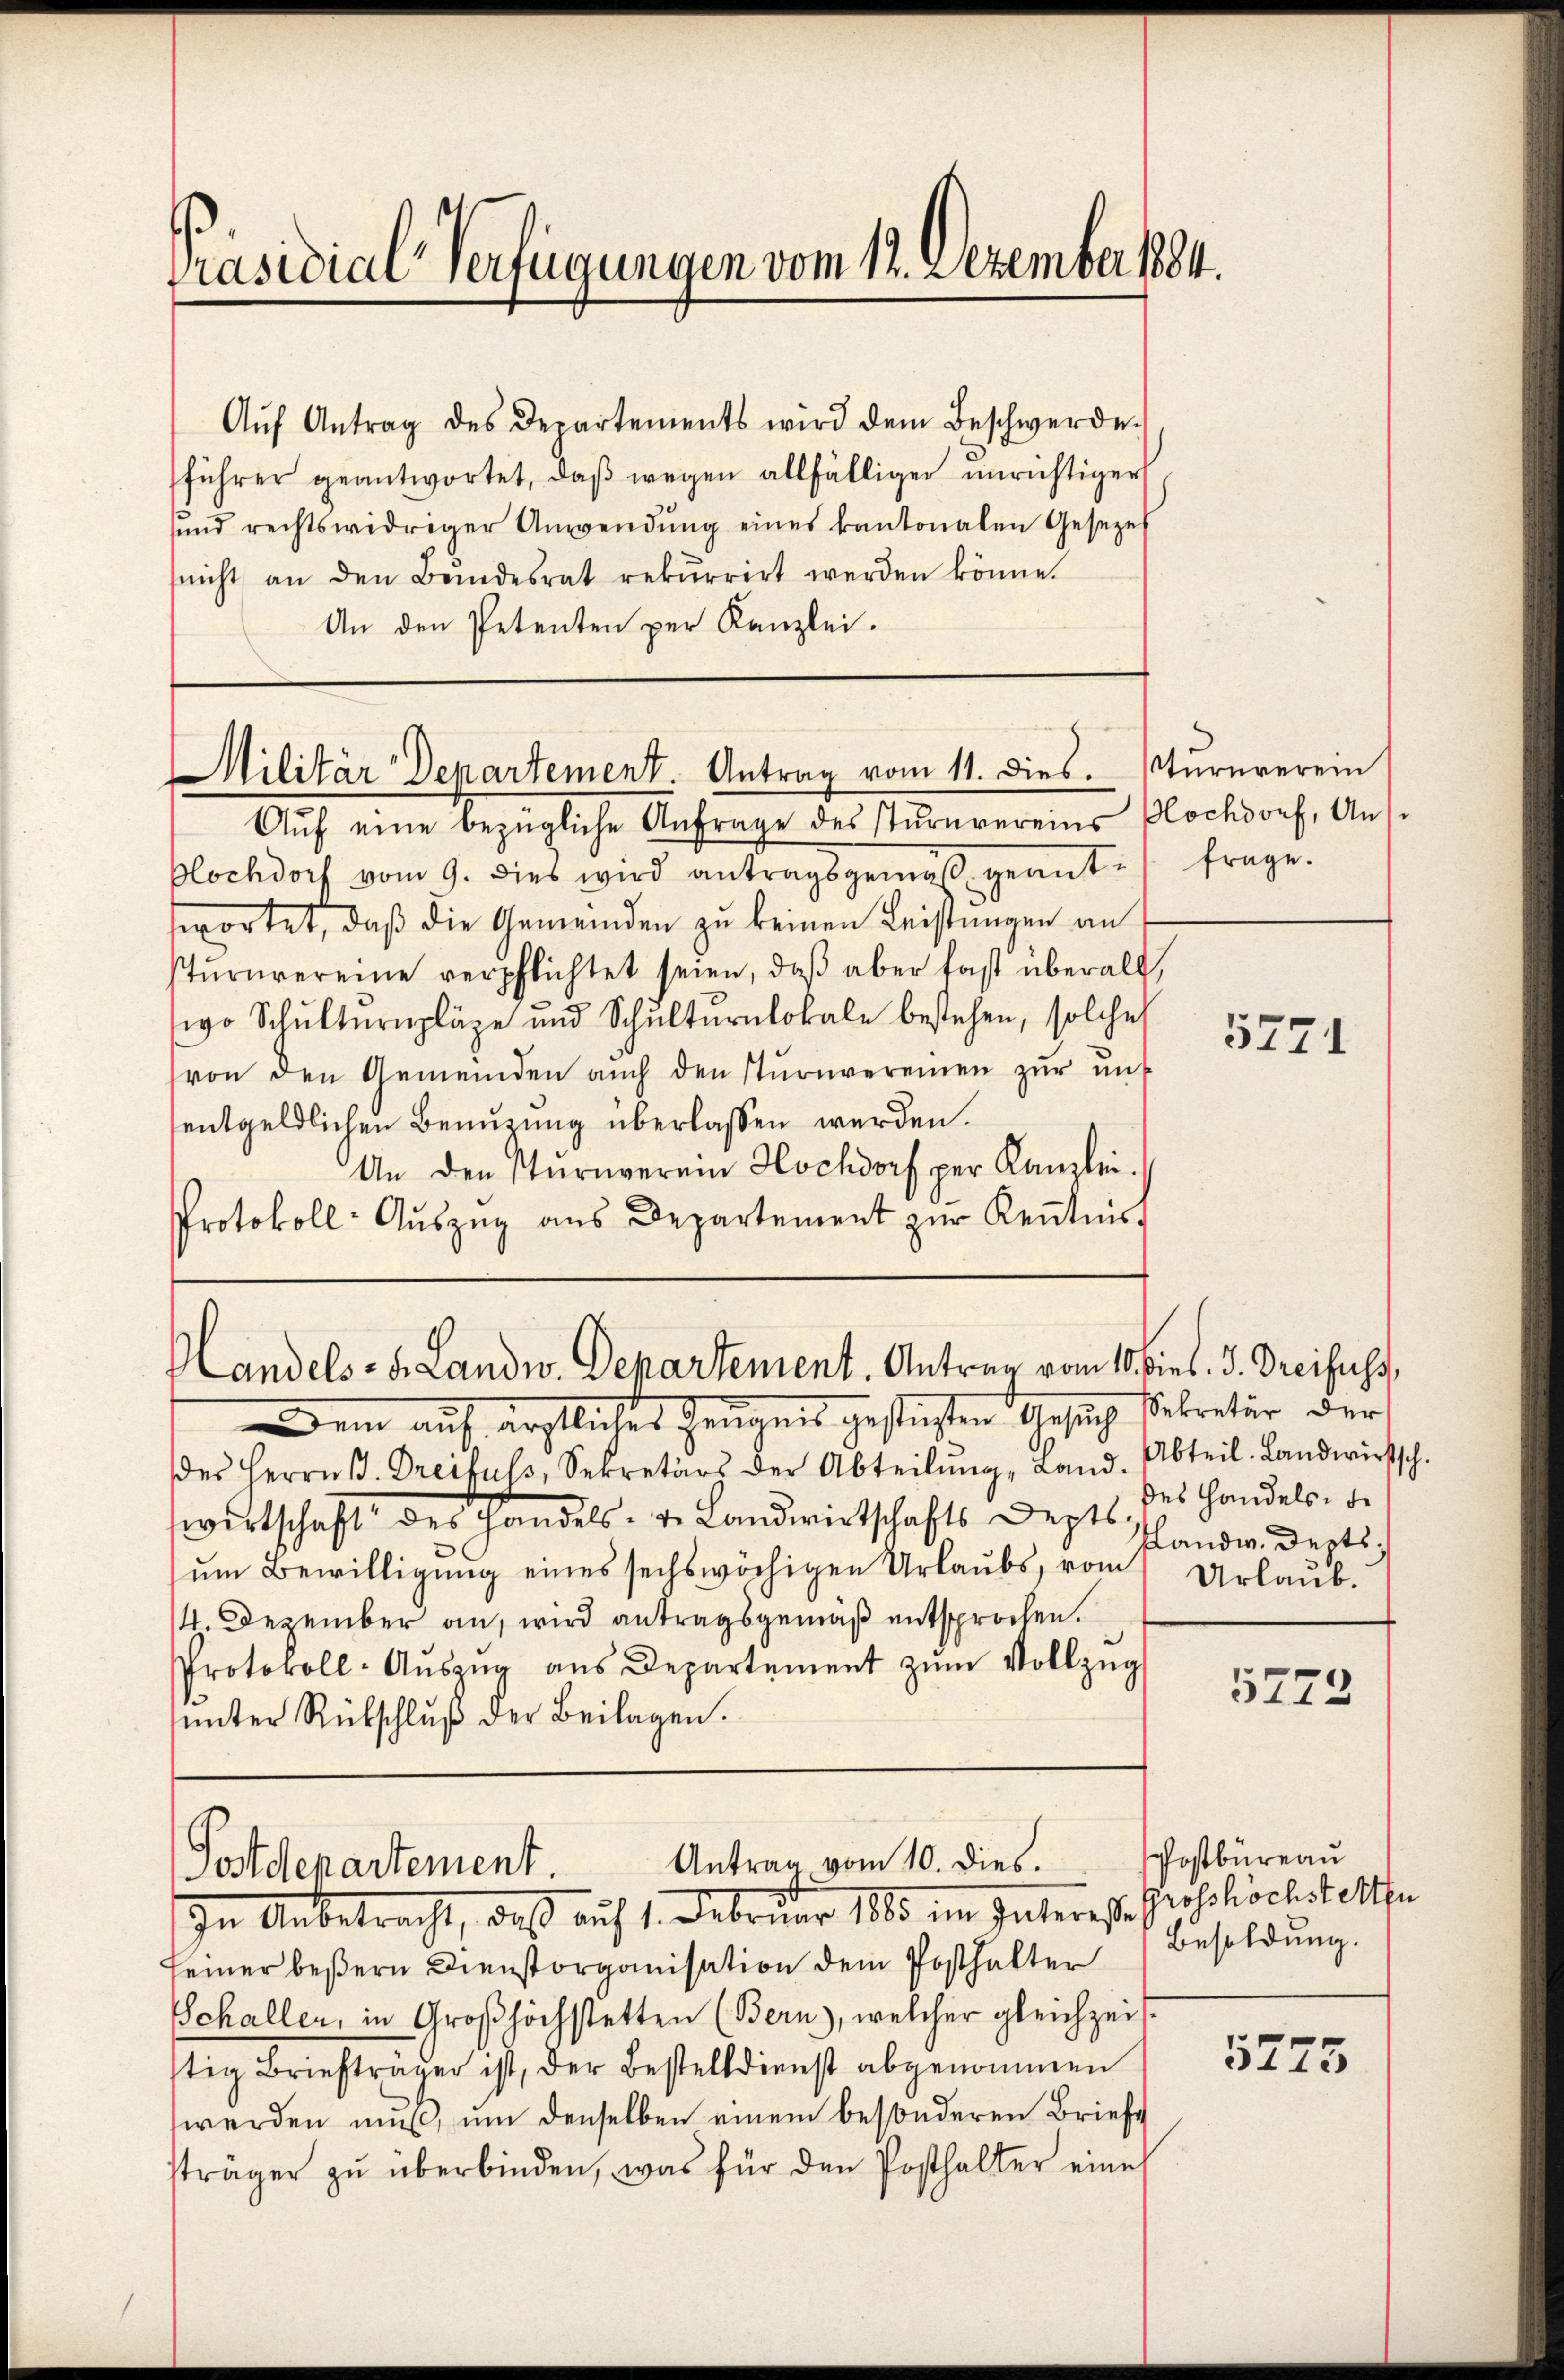
Präsidial-Verfügungen vom 12. Dezember 1884.

Aŭf Antrag des Departements wird dem Beschwerde.
führer geantwortet, daβ wegen allfälliger unrichtiger
sŭnd rechtswidriger Anwendŭng eines kantonalen Gesezes
(nicht an den Bŭndesrat rekurrirt werden könne.
An den Petenten per Kanzlei.

Militär Departement. Antrag vom 11. dies. Sturnverein

Aŭf eine bezügliche Anfrage des Tŭrnvereins Blochdorf, Ant-
Blochdorf vom 9. dies wird antragsgemes geants frage.
swortet, daß die Gemeinden zu keinen Leistungen an
stŭrnvereine verpflichtet seien, daβ aber fast überall,
wo Schulternpläge und Schulternlokale bestehen, solche
von den Gemeinden aŭch den sturnvereinen zŭr ŭnt
entgeldlichen Benuzung überlassen werden.
An den Sturnverein Hochdorf per Kanzlei.
Protokoll- Aŭszŭg ans Departement zŭr Kenntniss

Handels- u. Landw. Departement. Antrag vom 10. dies. 3. Dreifuss,

dein auf ärztliches Zeugnis gestiesten Gesich sekretär der
des Herrn B. Greifuss, Sekretärs der Abteilŭng, Land. Abteil. Landwirtsch.
wirtschaft des Handels- u. Landwirtschafts Septb.
um Bewilligung eines sechswöchigen Urlaubs, vom
4 Dezember an, wird antragsgemäß entsprochen.
Protokoll-Aŭszŭg aŭs Departement zŭm Vollzŭg
ŭnter Rükschlŭβ der Beilagen.
Antrag vom 10. dies.
Postdepartement.
In Anbetracht, daß auf 1. Februar 1883 im Interes Proholischickelte
seiner beßern Dienstorganisation dem Posthalter Besoldung.
Schaller, in Großhöchstetten (Bern), welcher gleichzeittig Briefträger ist, der Bestelldienst abgenommen
werden mŭβ, ŭm denselben einem besonderen Briefe
sträger zŭ überbinden, was für den Posthalter eine

5271

des Handels de
slandw. Derts,
Urlaub.

5772

postbüreau

5273